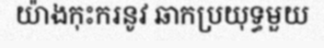
យ៉ាងកុះករនូវ ឆាកប្រយុទ្ធមួយ